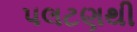
પલટણથી